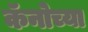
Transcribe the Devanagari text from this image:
कॅनोच्या